Black-water fever - Number 35
Disease focus: Fever
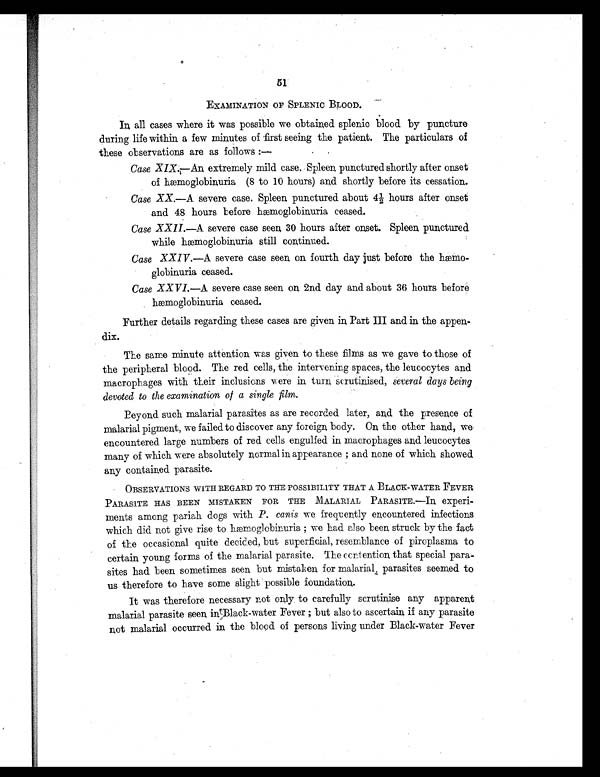
51
EXAMINATION OF SPLENIC BLOOD.
In all cases where it was possible we obtained splenic blood by puncture
during life within a few minutes of -first seeing the patient. The particulars of
these observations are as follows :
—
Case XIX—An extremely mild case. Spleen punctured shortly after onset
o f h æ m o g l o b i n u r i a ( 8 t o 1 0 h o u r s ) a n d s h o r t l y b e f o r e i t s c e s s a t i o n .
Case XX.—A severe case. Spleen punctured about 4½ hours after onset
and 48 hours before hæmoglobinuria ceased.
Case XXII.—A severe case seen 30 hours after onset. Spleen punctured.
while hæmoglobinuria still continued.
Case XXIV .—A severe case seen on fourth day just before the hæmo
-globinuria ceased.
Case XXVI.—A severe case seen on 2nd day and about 36 hours before
hæmoglobinuria ceased.
Further details regarding these cases are given in Part III and in the appen
dix.
The same minute attention was given to these films as we gave to those of
the peripheral blood. The red cells, the intervening spaces, the leucocytes and
macrophages with their inclusions were in turn scrutinised, several days being
devoted to the examination of a single film .
Beyond such malarial parasites as are recorded later, and the presence of
malarial pigment, we failed to discover any foreign body. On the other hand, we
encountered large numbers of red cells engulfed in macrophages and leucocytes
many of which were absolutely normal in appearance ; and none of which showed
any contained parasite.
OBSERVATIONS WITH REGARD TO THE POSSIBILITY THAT A BLACK-WATER FEVER
PARASITE HAS BEEN MISTAKEN FOR THE MALARIAL PARASITE.—In, experi-
ments among pariah dogs with P. canis we frequently encountered infections
whi ch di d not gi ve r i se t o hæmogl obi nur i a ; we had al so been st r uck by t he f act
of the occasional quite decided, but superficial, resemblance of piroplasma to
certain young forms of the malarial parasite. The contention, that special para
- s i t e s h a d b e e n s o m e t i m e s s e e n b u t m i s t a k e n f o r m a l a r i a l , p a r a s i t e s s e e m e d t o
us therefore to have some slight possible foundation.
It was therefore necessary not only to carefully scrutinise any apparent
malarial parasite seen in Black-water Fever ; but also to ascertain if any parasite
not malarial occurred in the blood of persons living under Black-water Fever